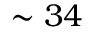
\sim 3 4